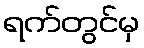
ရက်တွင်မှ